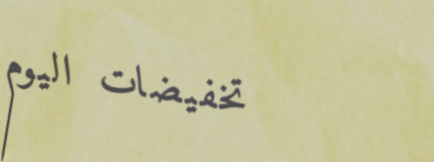
تخفيضات اليوم